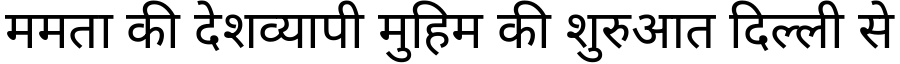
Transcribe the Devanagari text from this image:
ममता की देशव्यापी मुहिम की शुरुआत दिल्ली से